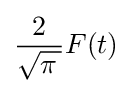
{\frac {2}{\sqrt {\pi \,}}}F(t)